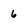
Character: 6